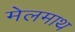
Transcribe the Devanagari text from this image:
मेलमाथ